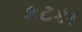
કટકા